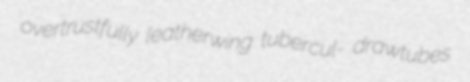
overtrustfully leatherwing tubercul- drawtubes